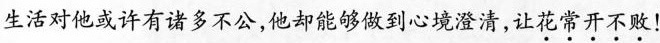
生活对他或许有诸多不公,他却能够做到心境澄清,让\underset{·}{花}\underset{·}{常}\underset{·}{开}不\underset{·}{败}！